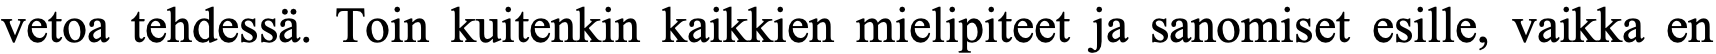
vetoa tehdessä. Toin kuitenkin kaikkien mielipiteet ja sanomiset esille, vaikka en